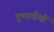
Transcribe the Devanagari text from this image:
पुण्यतीर्थी